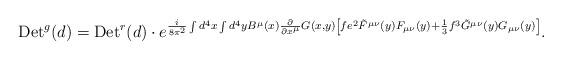
LaTeX: \begin{align*}{\rm Det}^g(d) = {\rm Det}^r(d)\cdot e^{{ i \over 8\pi^2} \int d^4x\int d^4y B^\mu(x) {\partial \over \partial x^\mu} G(x,y) \left[ fe^2 \tilde{F}^{\mu \nu}(y) F_{\mu\nu}(y) + {1 \over 3} f^3 \tilde{G}^{\mu\nu}(y) G_{\mu\nu}(y) \right] }.\end{align*}